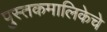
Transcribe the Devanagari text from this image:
पुस्तकमालिकेचे